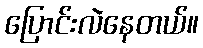
ပြောင်းလဲနေတယ်။